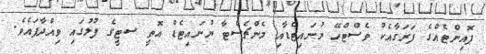
ޕޮއިންޓެއްގެ ފަރަގާއެކު ވެސްޓްހޭ ޔުނައިޓެޑާއި މެންޗެސްޓާ ޔުނައިޓެޑް އޮތީ ސޓީގެ ފުލުގައި ވިއްދާފައެވެ.